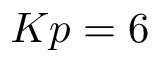
K p = 6